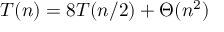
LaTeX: T ( n ) = 8 T ( n / 2 ) + \Theta ( n ^ { 2 } )